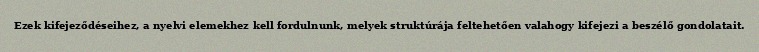
Ezek kifejeződéseihez, a nyelvi elemekhez kell fordulnunk, melyek struktúrája feltehetően valahogy kifejezi a beszélő gondolatait.